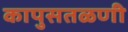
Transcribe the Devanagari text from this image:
कापुसतळणी